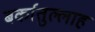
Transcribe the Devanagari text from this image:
बर्कातुल्लाह